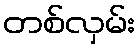
တစ်လှမ်း